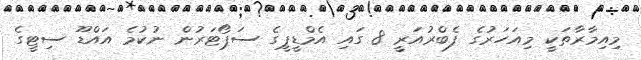
މިއިމާރާތަކީ މިއަހަރުގެ ފެބްރުއަރީ 8 ގައި އެމްޑީޕީގެ ސަޕޯޓަރުން ނުކުމެ އައްޑޫ ސިޓީގެ